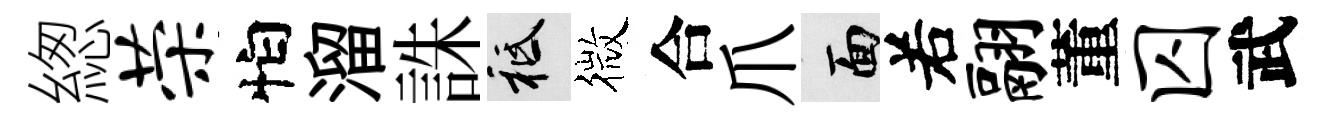
緫荣怕溜誅祇微合爪面𠰥翮董囚武